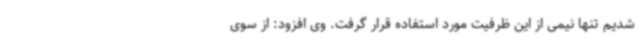
شدیم تنها نیمی از این ظرفیت مورد استفاده قرار گرفت. وی افزود: از سوی